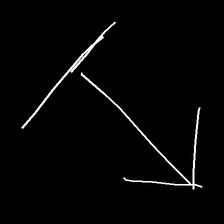
Glyph: levitation